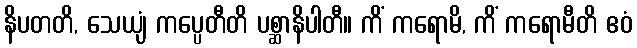
နိပတတိ, သေယျံ ကပ္ပေတီတိ ပစ္ဆာနိပါတီ။ ကိံ ကရောမိ, ကိံ ကရောမီတိ ဧဝံ